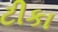
ટીકા